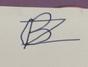
Signature authenticity: forged